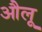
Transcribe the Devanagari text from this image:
औलू